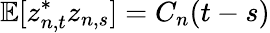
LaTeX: \mathbb{E}[z_{n,t}^{*}z_{n,s}]=C_{n}(t-s)